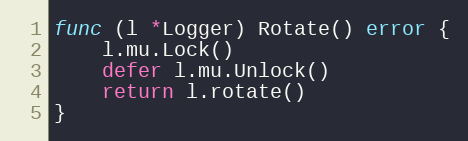
Language: Go
func (l *Logger) Rotate() error {
	l.mu.Lock()
	defer l.mu.Unlock()
	return l.rotate()
}